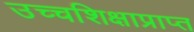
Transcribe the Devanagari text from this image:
उच्चशिक्षाप्राप्त